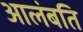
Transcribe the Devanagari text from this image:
आलंबति